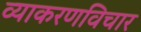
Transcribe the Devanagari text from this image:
व्याकरणविचार